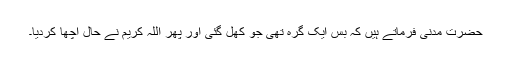
حضرت مدنی فرماتے ہیں کہ بس ایک گرہ تھی جو کھل گئی اور پھر اللہ کریم نے حال اچھا کردیا۔